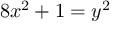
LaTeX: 8 x ^ { 2 } + 1 = y ^ { 2 }